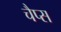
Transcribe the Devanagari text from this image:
चैप्स